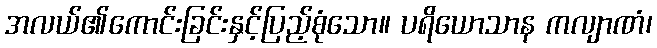
အလယ်၏ကောင်းခြင်းနှင့်ပြည့်စုံသော။ ပရိယောသာန ကလျာဏံ၊